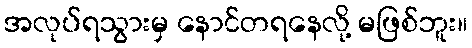
အလုပ်ရသွားမှ နောင်တရနေလို့ မဖြစ်ဘူး။